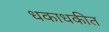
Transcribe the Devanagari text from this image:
धकाधकीत